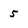
Character: 5